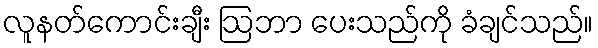
လူနတ်ကောင်းချီး ဩဘာ ပေးသည်ကို ခံချင်သည်။